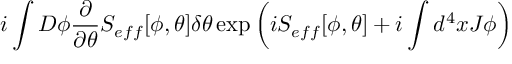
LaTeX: i \int D \phi \frac { \partial } { \partial \theta } S _ { e f f } [ \phi , \theta ] \delta \theta \exp \left( i S _ { e f f } [ \phi , \theta ] + i \int d ^ { 4 } x J \phi \right)